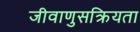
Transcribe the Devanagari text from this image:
जीवाणुसक्रियता